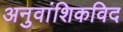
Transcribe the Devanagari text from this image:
अनुवांशिकविद